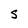
Character: S